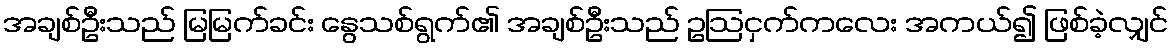
အချစ်ဦးသည် မြမြက်ခင်း နွေသစ်ရွက်၏ အချစ်ဦးသည် ဥဩငှက်ကလေး အကယ်၍ ဖြစ်ခဲ့လျှင်